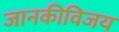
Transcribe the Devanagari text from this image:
जानकीविजय